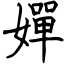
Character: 嬋